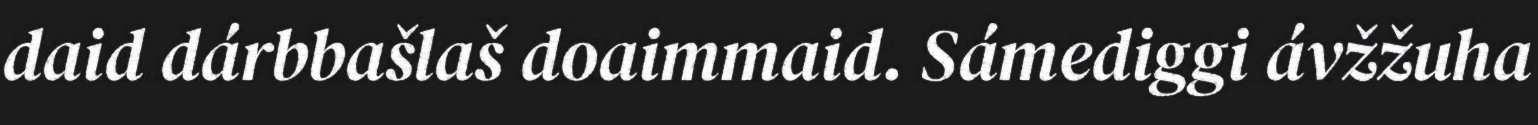
daid dárbbašlaš doaimmaid. Sámediggi ávžžuha